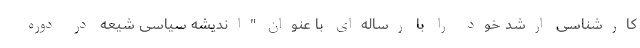
کارشناسی ارشد خود را با رساله‌ای با عنوان "اندیشه سیاسی شیعه در دوره